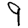
Digit: 9